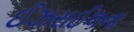
ઈઝરાઈલના